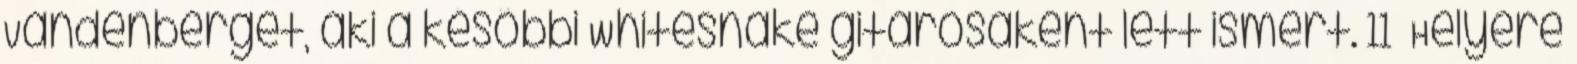
Vandenberget, aki a későbbi Whitesnake gitárosaként lett ismert. 11 Helyére